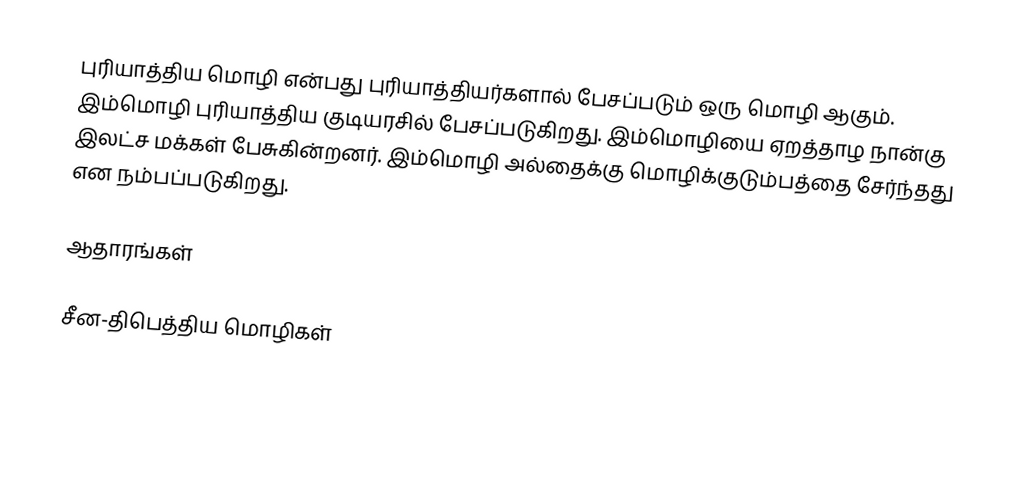
புரியாத்திய மொழி என்பது புரியாத்தியர்களால் பேசப்படும் ஒரு மொழி ஆகும். இம்மொழி புரியாத்திய குடியரசில் பேசப்படுகிறது. இம்மொழியை ஏறத்தாழ நான்கு இலட்ச மக்கள் பேசுகின்றனர். இம்மொழி அல்தைக்கு மொழிக்குடும்பத்தை சேர்ந்தது என நம்பப்படுகிறது.

ஆதாரங்கள்

சீன-திபெத்திய மொழிகள்